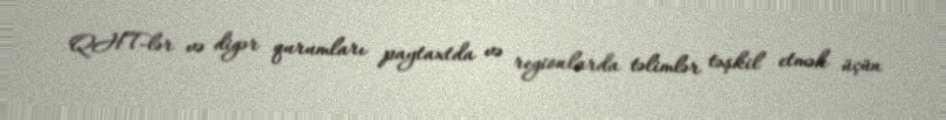
QHT-lər və digər qurumları paytaxtda və regionlarda təlimlər təşkil etmək üçün